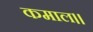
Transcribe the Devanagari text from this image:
कमाल।।